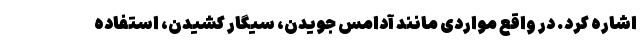
اشاره کرد. در واقع مواردی مانند آدامس جویدن، سیگار کشیدن، استفاده